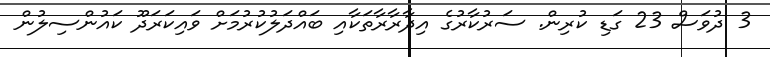
3 ދުވަސް 23 ގަޑި ކުރިން. ސަރުކާރުގެ އިދާރާރާތަކާއި ބައްދަލުކުރުމަށް ވައިކަރަދޫ ކައުންސިލުން